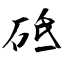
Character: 砥